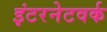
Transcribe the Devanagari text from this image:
इंटरनेटवर्क